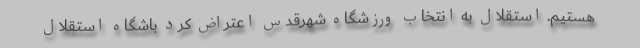
هستیم. استقلال به انتخاب ورزشگاه شهرقدس اعتراض کرد باشگاه استقلال